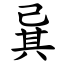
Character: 㠱